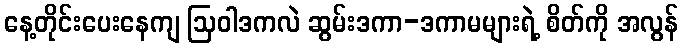
နေ့တိုင်းပေးနေကျ ဩဝါဒကလဲ ဆွမ်းဒကာ-ဒကာမများရဲ့ စိတ်ကို အလွန်